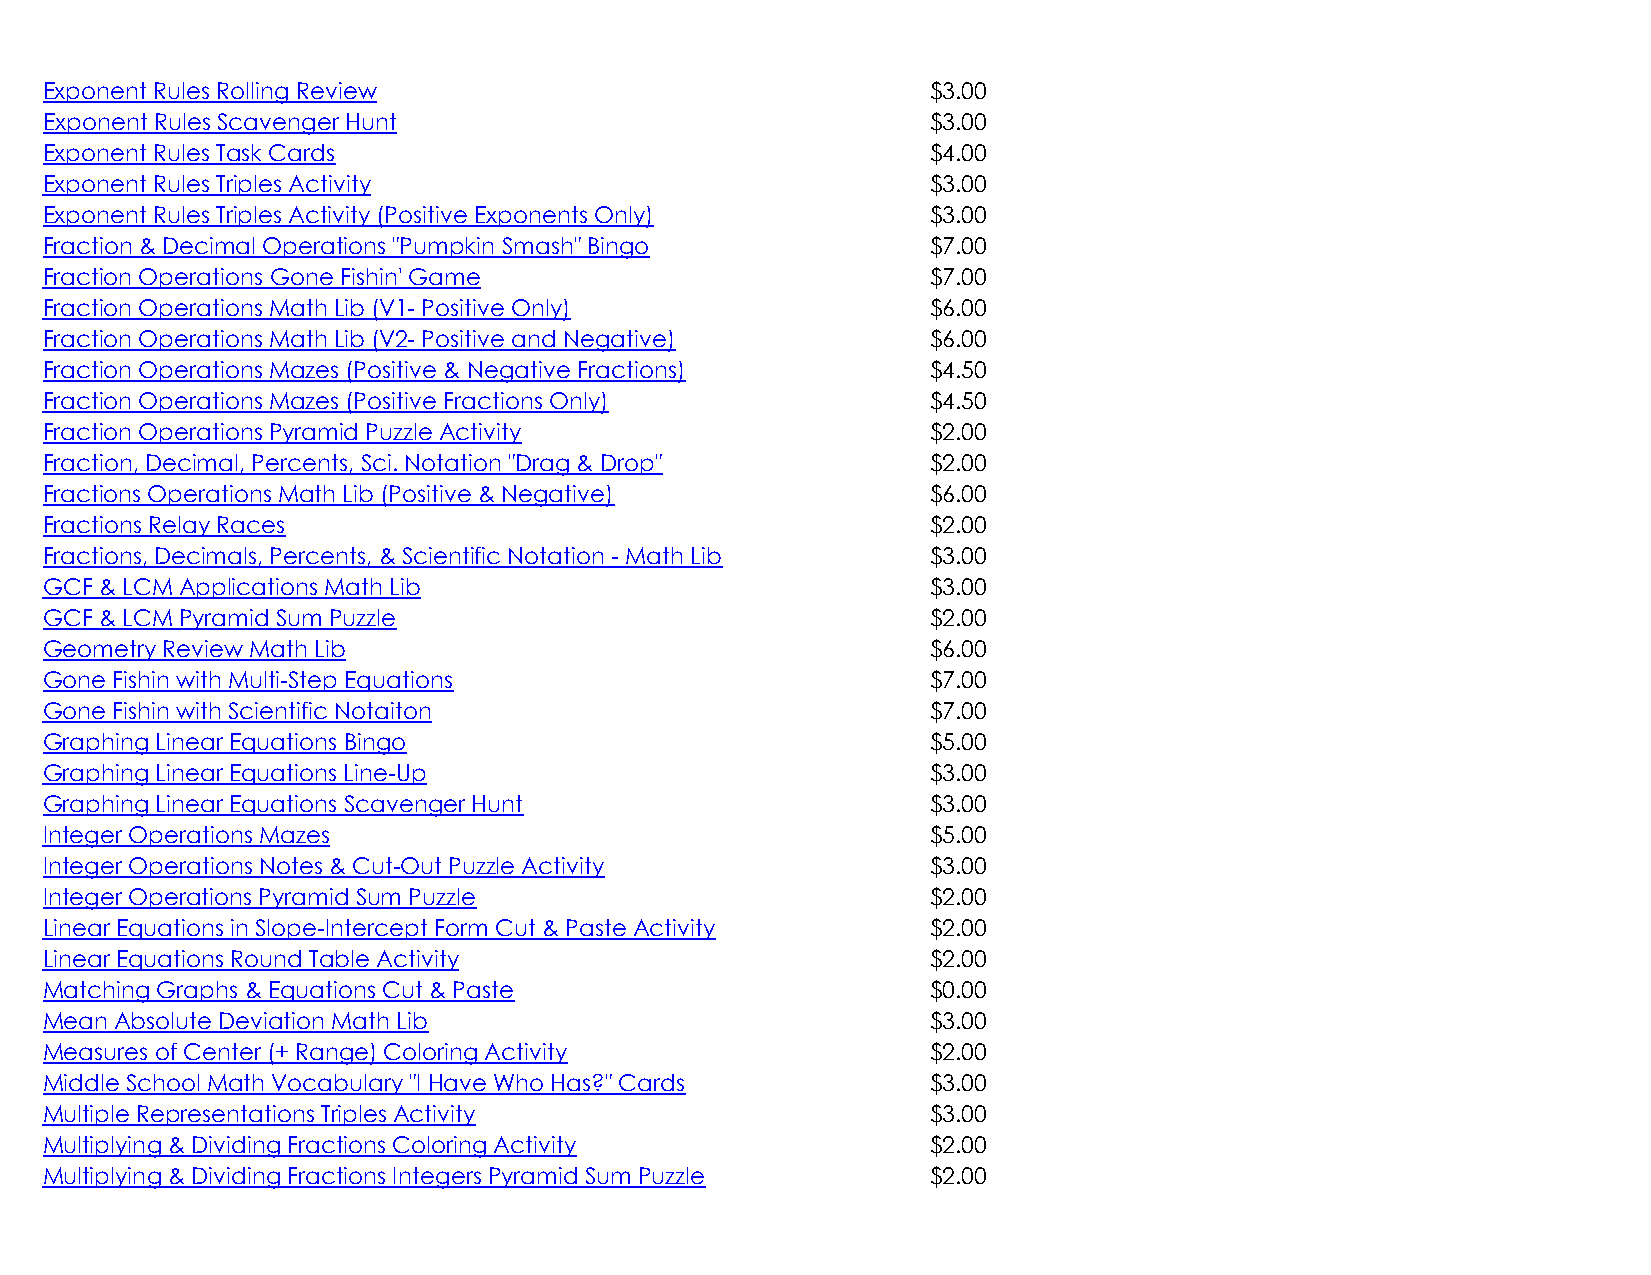
Exponent Rules Rolling Review                              $3.00
 Exponent Rules Scavenger Hunt                              $3.00
 Exponent Rules Task Cards                                  $4.00
 Exponent Rules Triples Activity                            $3.00
 Exponent Rules Triples Activity (Positive Exponents Only)  $3.00
 Fraction & Decimal Operations "Pumpkin Smash" Bingo        $7.00
 Fraction Operations Gone Fishin' Game                      $7.00
 Fraction Operations Math Lib (V1- Positive Only)           $6.00
 Fraction Operations Math Lib (V2- Positive and Negative)   $6.00
 Fraction Operations Mazes (Positive & Negative Fractions)  $4.50
 Fraction Operations Mazes (Positive Fractions Only)        $4.50
 Fraction Operations Pyramid Puzzle Activity                $2.00
 Fraction, Decimal, Percents, Sci. Notation "Drag & Drop"   $2.00
 Fractions Operations Math Lib (Positive & Negative)        $6.00
 Fractions Relay Races                                      $2.00
 Fractions, Decimals, Percents, & Scientific Notation - Math Lib $3.00
 GCF & LCM Applications Math Lib                            $3.00
 GCF & LCM Pyramid Sum Puzzle                               $2.00
 Geometry Review Math Lib                                   $6.00
 Gone Fishin with Multi-Step Equations                      $7.00
 Gone Fishin with Scientific Notaiton                       $7.00
 Graphing Linear Equations Bingo                            $5.00
 Graphing Linear Equations Line-Up                          $3.00
 Graphing Linear Equations Scavenger Hunt                   $3.00
 Integer Operations Mazes                                   $5.00
 Integer Operations Notes & Cut-Out Puzzle Activity         $3.00
 Integer Operations Pyramid Sum Puzzle                      $2.00
 Linear Equations in Slope-Intercept Form Cut & Paste Activity $2.00
 Linear Equations Round Table Activity                      $2.00
 Matching Graphs & Equations Cut & Paste                    $0.00
 Mean Absolute Deviation Math Lib                           $3.00
 Measures of Center (+ Range) Coloring Activity             $2.00
 Middle School Math Vocabulary "I Have Who Has?" Cards      $3.00
 Multiple Representations Triples Activity                  $3.00
 Multiplying & Dividing Fractions Coloring Activity         $2.00
 Multiplying & Dividing Fractions Integers Pyramid Sum Puzzle $2.00